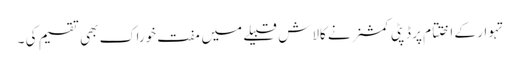
تہوار کے اختتام پر ڈپٹی کمشنر نے کالاش قبیلے میں مفت خوراک بھی تقسیم کی ۔